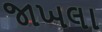
જાખલા